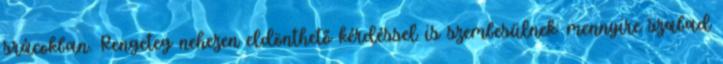
srácokban. Rengeteg nehezen eldönthető kérdéssel is szembesülnek: mennyire szabad